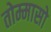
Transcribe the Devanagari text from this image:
तोम्मासो